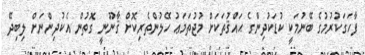
ފާހަގަކުރުމުގެ ބޭނުމަކީ ކުޑަކުދިންގެ ޙައްޤުތަކަށް މުޖުތަމަޢު ހޭލުންތެރިކޮށް ޤާނޫނީ ގޮތުން އެކުދިންނަށް ލިބިދޭ